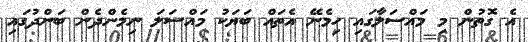
އެ ގޮތުން މި މައްސަލާގައި ހިމެނޭ އެތައް ބަޔަކު މައްސަލަ ނިމެންދެން ބަންދުގައި